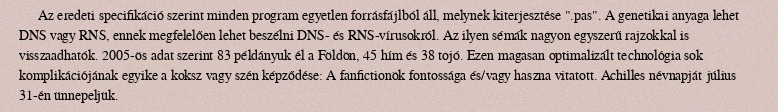
Az eredeti specifikáció szerint minden program egyetlen forrásfájlból áll, melynek kiterjesztése ".pas". A genetikai anyaga lehet DNS vagy RNS, ennek megfelelően lehet beszélni DNS- és RNS-vírusokról. Az ilyen sémák nagyon egyszerű rajzokkal is visszaadhatók. 2005-ös adat szerint 83 példányuk él a Földön, 45 hím és 38 tojó. Ezen magasan optimalizált technológia sok komplikációjának egyike a koksz vagy szén képződése: A fanfictionök fontossága és/vagy haszna vitatott. Achilles névnapját július 31-én ünnepeljük.